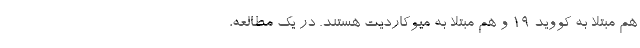
هم مبتلا به کووید ۱۹ و هم مبتلا به میوکاردیت هستند. در یک مطالعه،